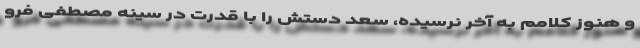
و هنوز کلامم به آخر نرسیده، سعد دستش را با قدرت در سینه مصطفی فرو